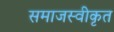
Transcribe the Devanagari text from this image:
समाजस्वीकृत